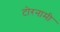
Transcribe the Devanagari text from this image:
टोरनामी